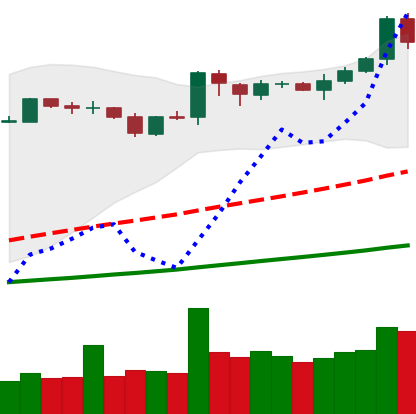
Ticker: BNB-USD
Chart end date: 2019-04-03
Forward return: -3.409%
Label: down_3_5